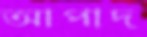
আপাদ